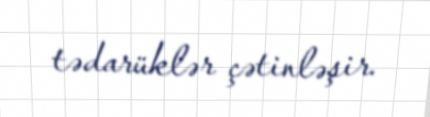
tədarüklər çətinləşir.